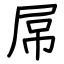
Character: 屌